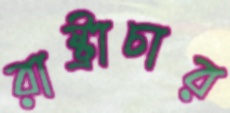
রাষ্ট্রাচার